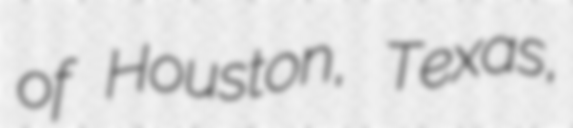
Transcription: of Houston, Texas,